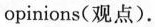
opinions(观点).